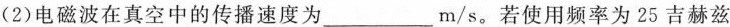
(2)电磁波在真空中的传播速度为___m/s。若使用频率为25吉赫兹